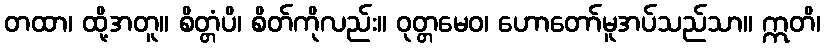
တထာ၊ ထို့အတူ။ စိတ္တံပိ၊ စိတ်ကိုလည်း။ ဝုတ္တမေဝ၊ ဟောတော်မူအပ်သည်သာ။ ဣတိ၊